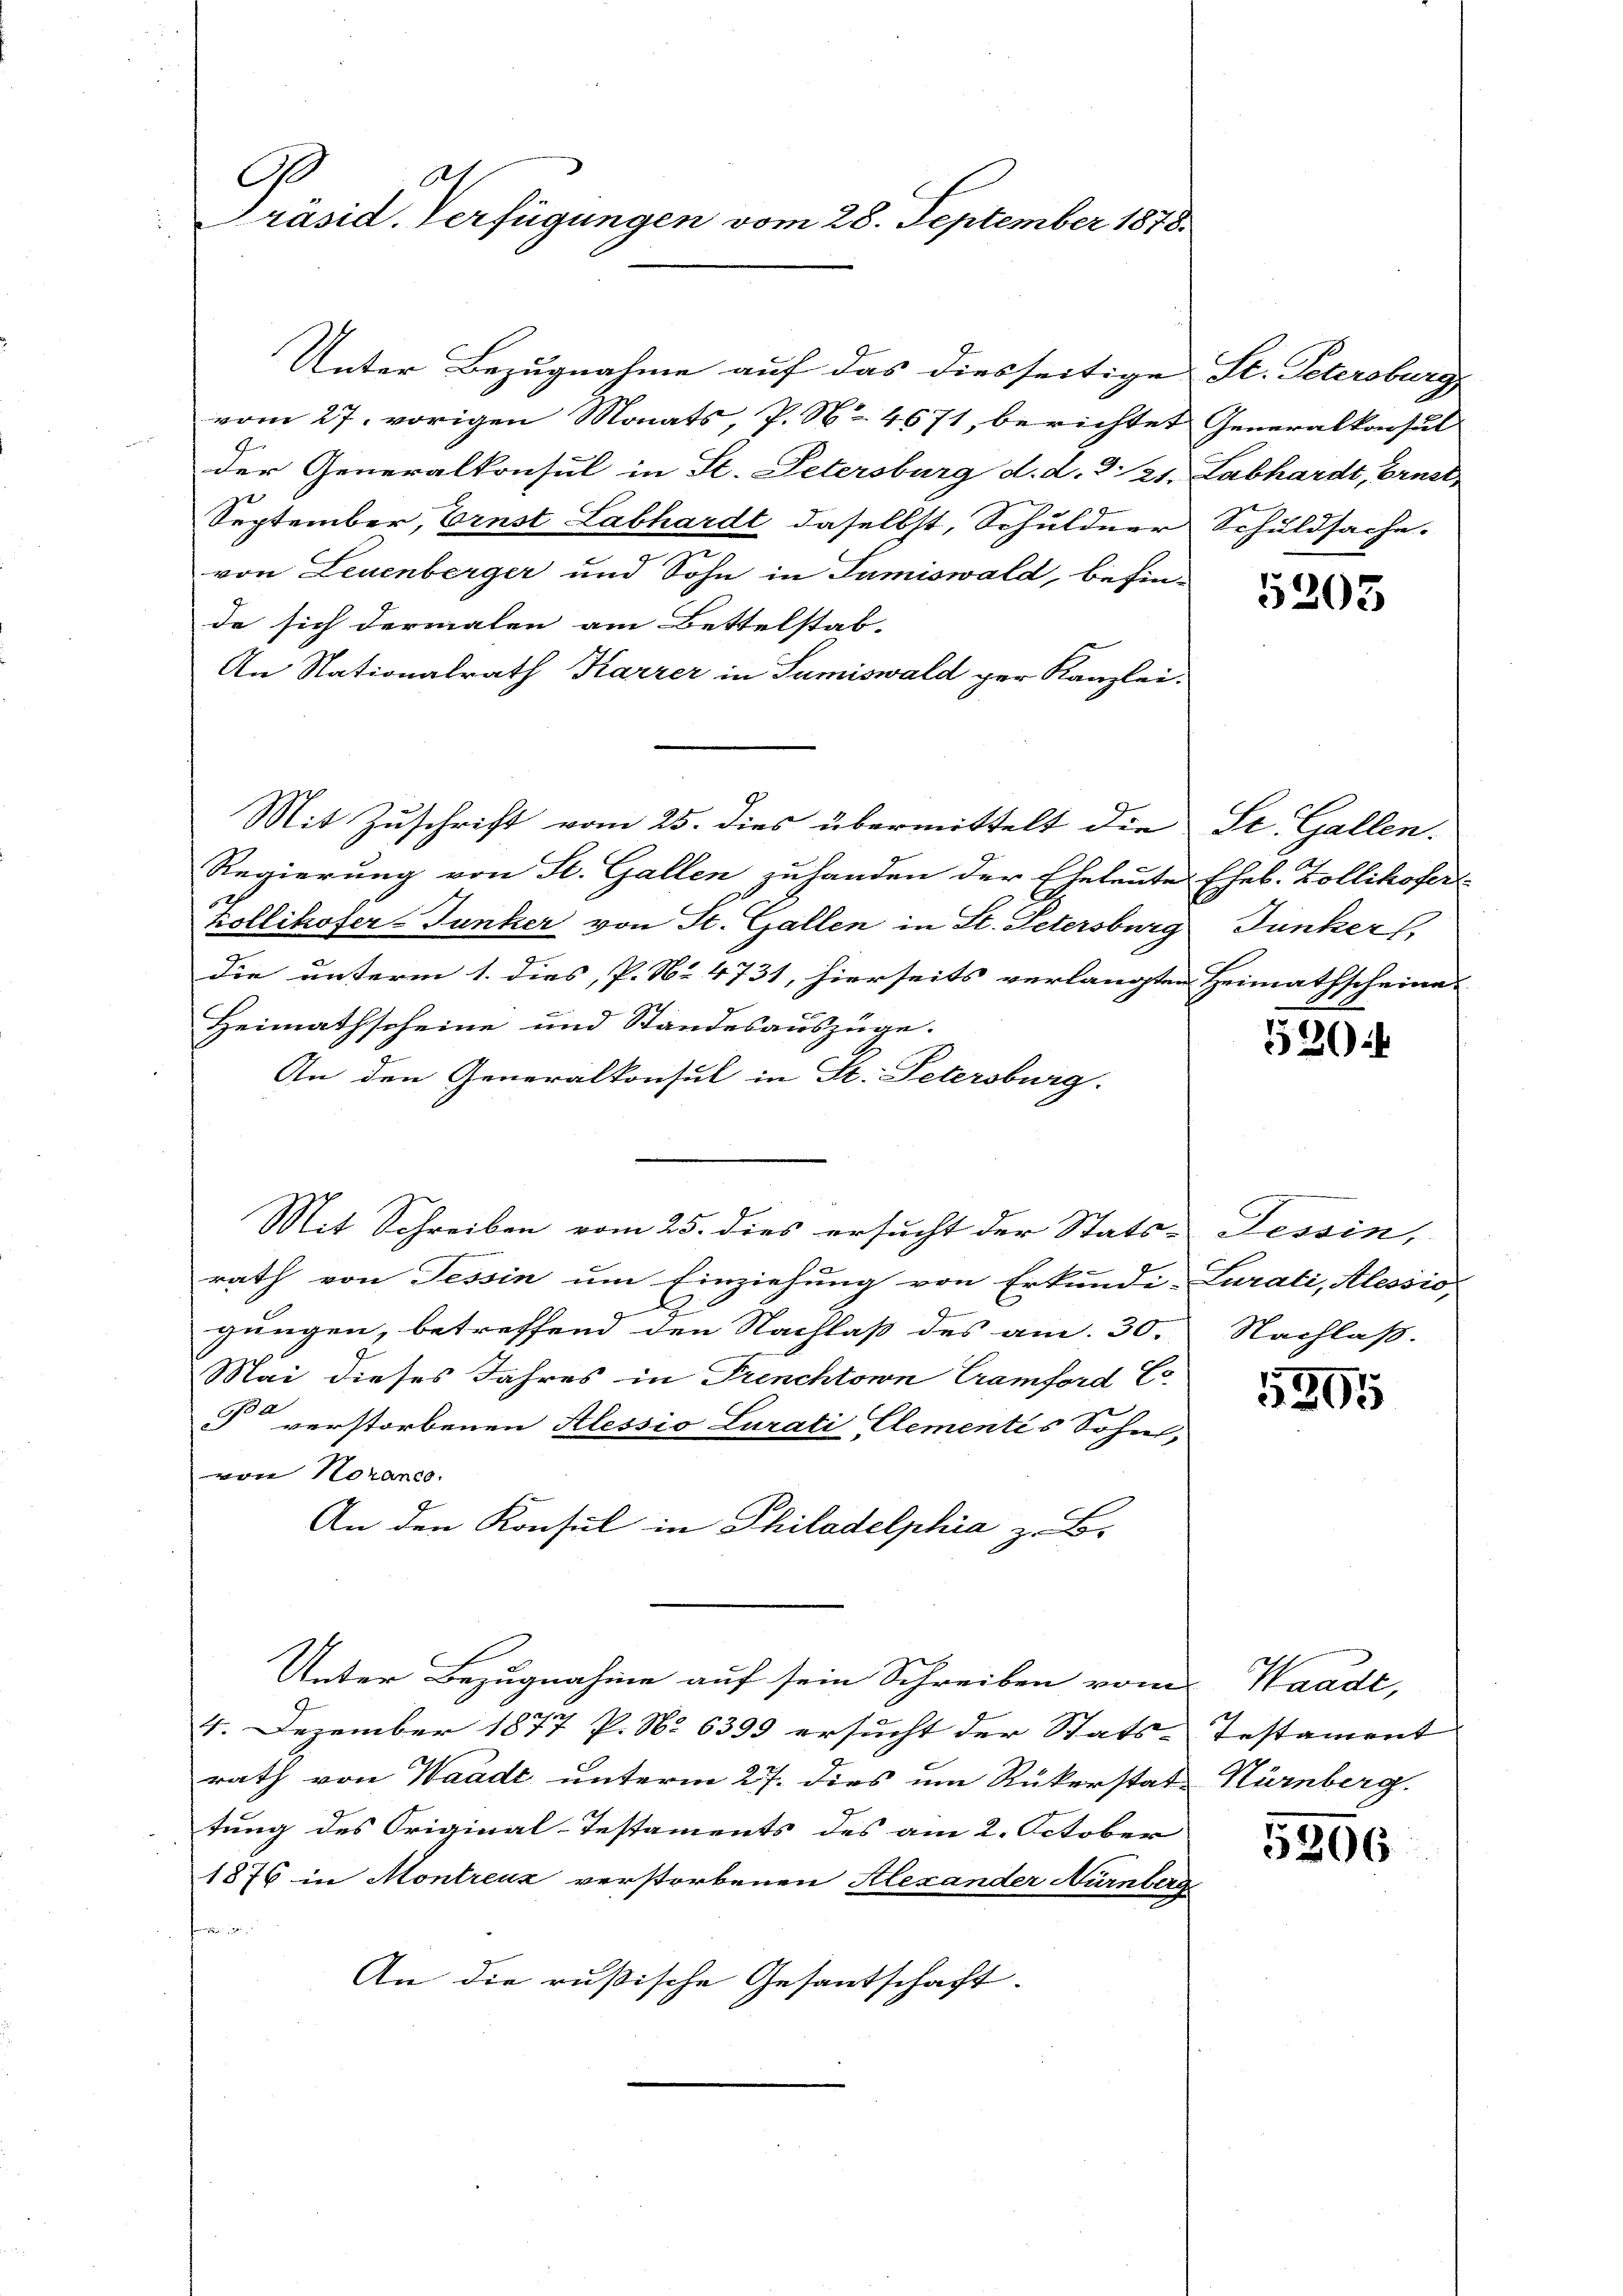
bet
G
Präsid. Verfügungen vom 28. September 1878.

Unter Bezugnahme auf das diesseitige St. Petersburg
vom 27. vorigen Monats, P. No 4671, berichtet
der Generalkonsul in St. Petersburg d. d. d. 21.
2

September, Ernst Labhardt daselbst, Schuldner
von Leuenberger und Sohn in Sumiswald, behin-
de sich dermalen am Bettelstab-
An Nationalrath Karrer in Sumiswald ger Kanzlei.
Mit Zuschrift vom 25. dies übermittelt die
Regierung von St. Gallen zuhanden der Eheleute
Kollikofer-Junker von St. Gallen in St. Petersburg
die unterm 1. dies, P. Nr. 4731, hierseits verlangten Heimathscheine |
Heimathscheine und Standesauszüge.
An den Generalkonsul in St. Petersburg.
Mit Schreiben vom 25. dies ersucht der Stats-
rath von Tessin um Einziehung von Erkundi-Lurali, Alessio
d
J
gungen, betreffend den Nachlaß des am 30.
Mai dieses Jahres in Trenchtown Cramford Er
§ verstorbenen Alessio Lurati Elementis Sohn,
von Norancs.
An den Konsul in Philadelphia z. B.
Unter Bezugnahme auf sein Schreiben vom Waadt,
4. Dezember 1877 P. No 6399 ersucht der Stats-
rath von Waadt unterm 27. dies um Rükerstat- Nürnberg.
tung des Original-Testaments des am 2. October
1876 in Montreuz verstorbenen Alexander Nürnberg

An die rußische Gesantschaft.

Generalkonsul
Labhardt, Ernst
Schuldsache.

5205

St. Gallen.
Eheb. Zollikofer
Junker,

520

Tessin,
Nachlaß.

5305

Iestament

5206